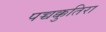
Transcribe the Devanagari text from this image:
पच्चक्कुतिरा